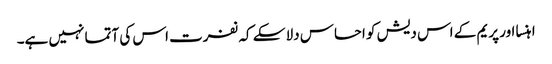
اہنسا اور پریم کے اس دیش کو احساس دلا سکے کہ نفرت اس کی آتما نہیں ہے۔